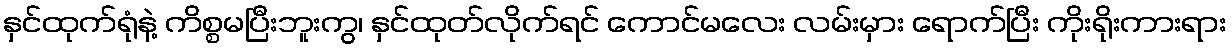
နှင်ထုက်ရုံနဲ့ ကိစ္စမပြီးဘူးကွ၊ နှင်ထုတ်လိုက်ရင် ကောင်မလေး လမ်းမှား ရောက်ပြီး ကိုးရိုးကားရား